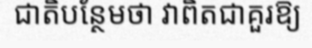
ជាតិបន្ថែមថា វាពិតជាគួរឱ្យ